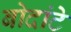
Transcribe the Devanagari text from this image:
बोदांटे